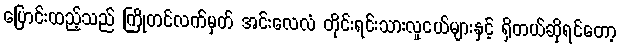
ပြောင်းထည့်သည် ကြိုတင်လက်မှတ် အင်းလေလံ တိုင်းရင်းသားလူငယ်များနှင့် ရှိတယ်ဆိုရင်တော့